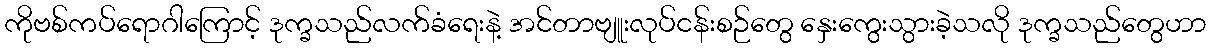
ကိုဗစ်ကပ်ရောဂါကြောင့် ဒုက္ခသည်လက်ခံရေးနဲ့ အင်တာဗျူးလုပ်ငန်းစဉ်တွေ နှေးကွေးသွားခဲ့သလို ဒုက္ခသည်တွေဟာ